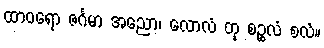
ထာဝရော ဇင်္ဂမာ အညော၊ လောလံ တု စဉ္စလံ စလံ။